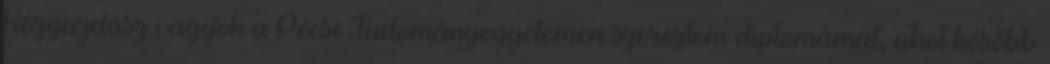
Közgazdász vagyok a Pécsi Tudományegyetemen szereztem diplomámat, ahol később